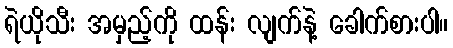
ရဲယိုသီး အမှည့်ကို ထန်း လျက်နဲ့ ခေါက်စားပါ။